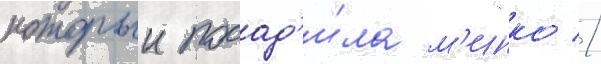
которыи посад'и́ла м'инко //